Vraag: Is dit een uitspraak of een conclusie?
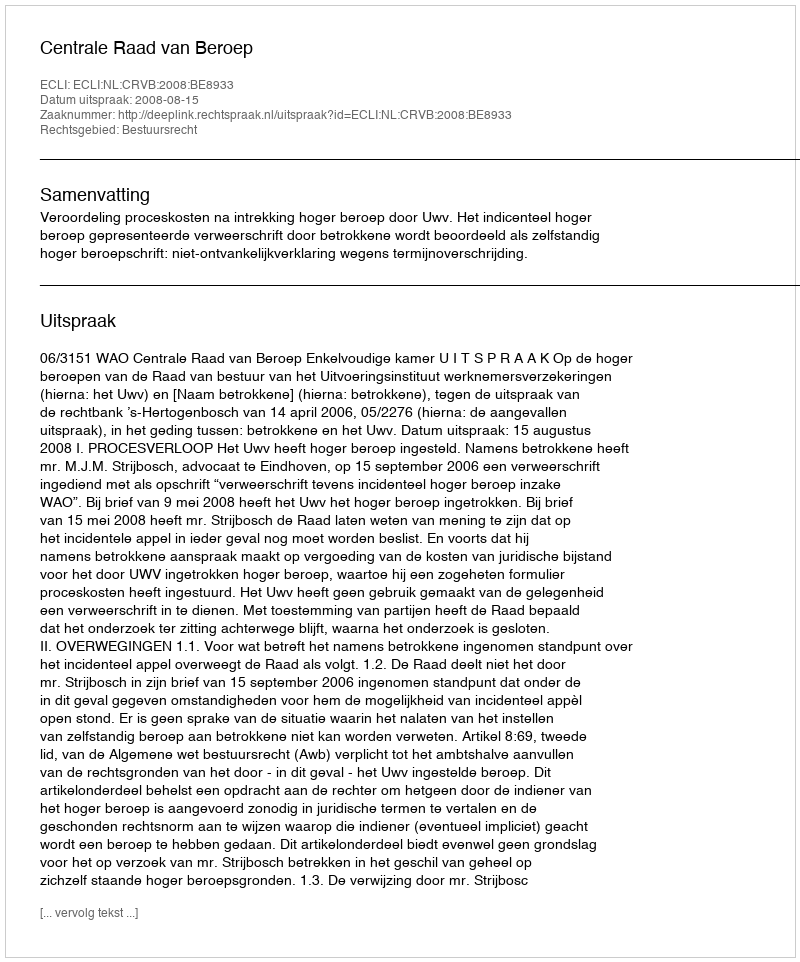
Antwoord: Uitspraak